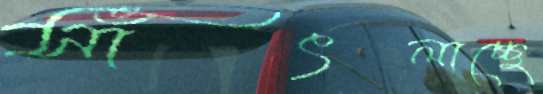
সাঁৎলাচ্ছে